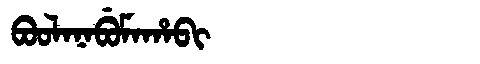
Manchu: ᠪᠣᠣᠯᠠᠨᠠᠪᡠᠮᠠᡥᠠᠪᡳ
Romanization: BOOLANABUMAHABI